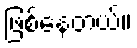
ဖြစ်နေတယ်။